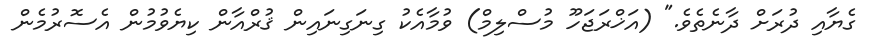
ގެޔާއި ދުރަށް ދާނެތެވެ." (އަޚްރަޖަހޫ މުސްލިމް) ވުމާއެކު ގިނަގިނައިން ޤުރްއާން ކިޔެވުމުން އެސޮރުމެން